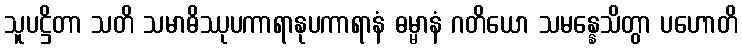
သူပဋ္ဌိတာ သတိ သမာဓိဿုပကာရာနုပကာရာနံ ဓမ္မာနံ ဂတိယော သမန္နေသိတွာ ပဟောတိ